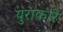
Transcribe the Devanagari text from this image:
युराकारे